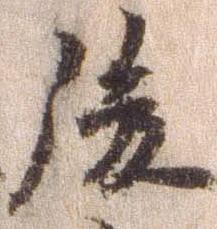
後